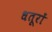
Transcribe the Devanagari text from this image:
धतूरों